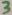
Text: 3